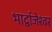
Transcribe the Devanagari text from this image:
भार्द्वाजेश्वर